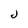
Character: J